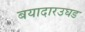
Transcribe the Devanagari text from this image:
बयादारउघड